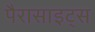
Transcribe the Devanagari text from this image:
पैरासाइट्स